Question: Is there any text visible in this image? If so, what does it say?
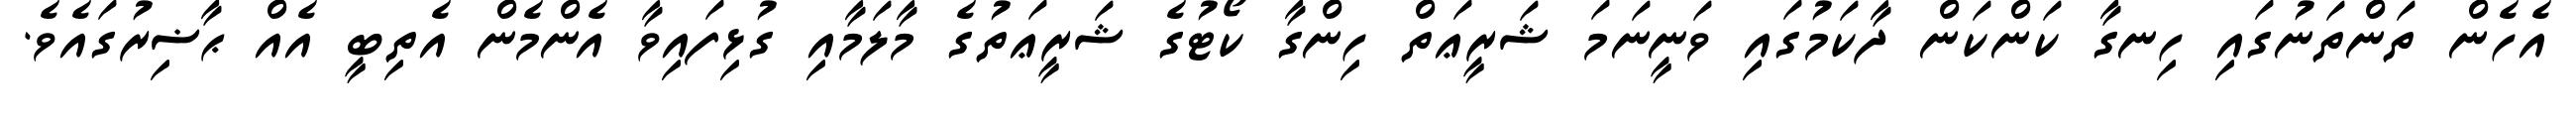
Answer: އެހެން ތަންތަނުގައި ހިނގާ ކަންކަން ދާކަމުގައި ވަނީނަމަ ޝަރީޢަތް ހިންގާ ކޯޓުގެ ޝަރީޢަތުގެ މާލަމާއި ގުޅިފައިވާ އެންމެން އެތިބީ އެއް ޙާޟިރުގައެވެ.